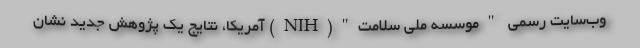
وب‌سایت رسمی "موسسه ملی سلامت"(NIH) آمریکا، نتایج یک پژوهش جدید نشان